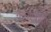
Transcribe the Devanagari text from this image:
याच्याशीही